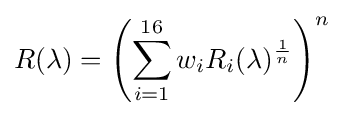
R(\lambda )=\left(\sum _{i=1}^{16}w_{i}R_{i}(\lambda )^{\frac {1}{n}}\right)^{n}